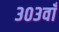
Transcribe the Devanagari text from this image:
३०३वाँ